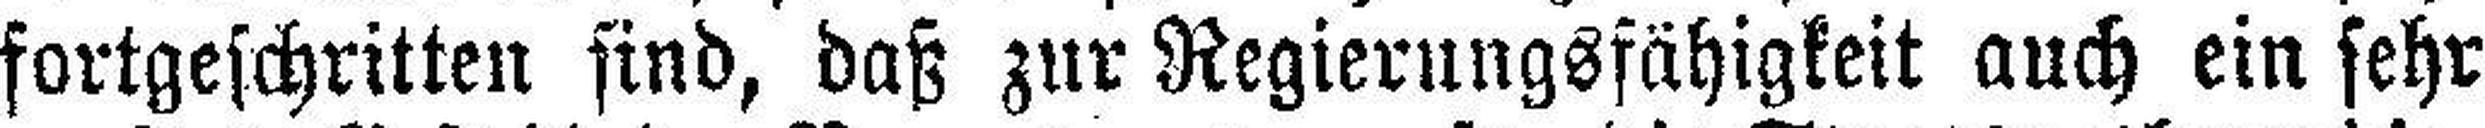
fortgeschritten sind, daß zur Regierungsfähigkeit auch ein sehr